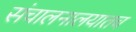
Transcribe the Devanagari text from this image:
संचालनालयातच